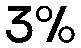
3%